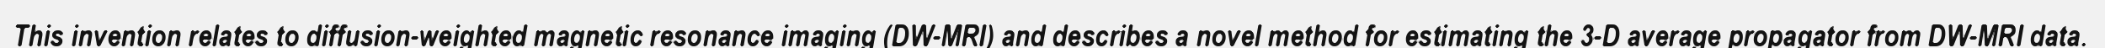
This invention relates to diffusion-weighted magnetic resonance imaging (DW-MRI) and describes a novel method for estimating the 3-D average propagator from DW-MRI data.